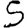
Digit: 5